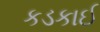
કડકાઈ